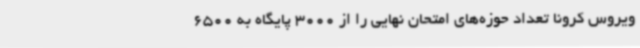
ویروس کرونا تعداد حوزه‌های امتحان نهایی را از 3000 پایگاه به 6500